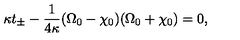
\kappa t _ { \pm } - \frac { 1 } { 4 \kappa } ( \Omega _ { 0 } - \chi _ { 0 } ) ( \Omega _ { 0 } + \chi _ { 0 } ) = 0 ,